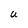
Character: U